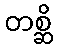
တစ္ဆိ